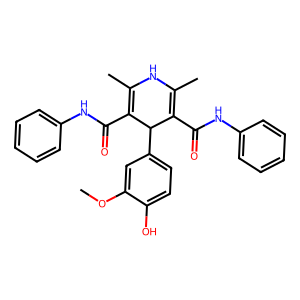
SMILES: COc1cc(C2C(C(=O)Nc3ccccc3)=C(C)NC(C)=C2C(=O)Nc2ccccc2)ccc1O
Inhibits HIV replication: No